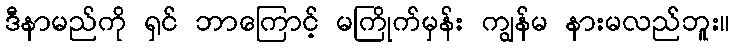
ဒီနာမည်ကို ရှင် ဘာကြောင့် မကြိုက်မှန်း ကျွန်မ နားမလည်ဘူး။